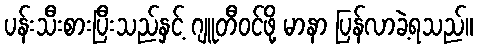
ပန်းသီးစားပြီးသည်နှင့် ဂျူတီဝင်ဖို့ မာနာ ပြန်လာခဲ့ရသည်။